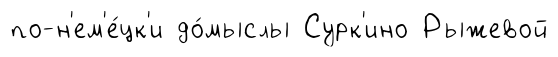
по-н'ем'е́цк'и до́мыслы Сурк'ино Рыжевой